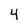
Character: 4